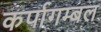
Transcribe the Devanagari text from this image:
कर्पागम्बल